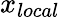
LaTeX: x_{local}